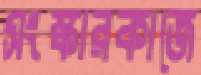
সংস্কারকাজে